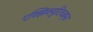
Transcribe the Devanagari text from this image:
एक्झिक्युटिव्व्ह्ज